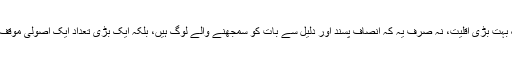
ان معاشروں کی اکثریت، یا کم از کم ایک بہت بڑی اقلیت، نہ صرف یہ کہ انصاف پسند اور دلیل سے بات کو سمجھنے والے لوگ ہیں، بلکہ ایک بڑی تعداد ایک اصولی موقف کے لیے ڈٹ کر کھڑی بھی ہوجاتی ہے۔